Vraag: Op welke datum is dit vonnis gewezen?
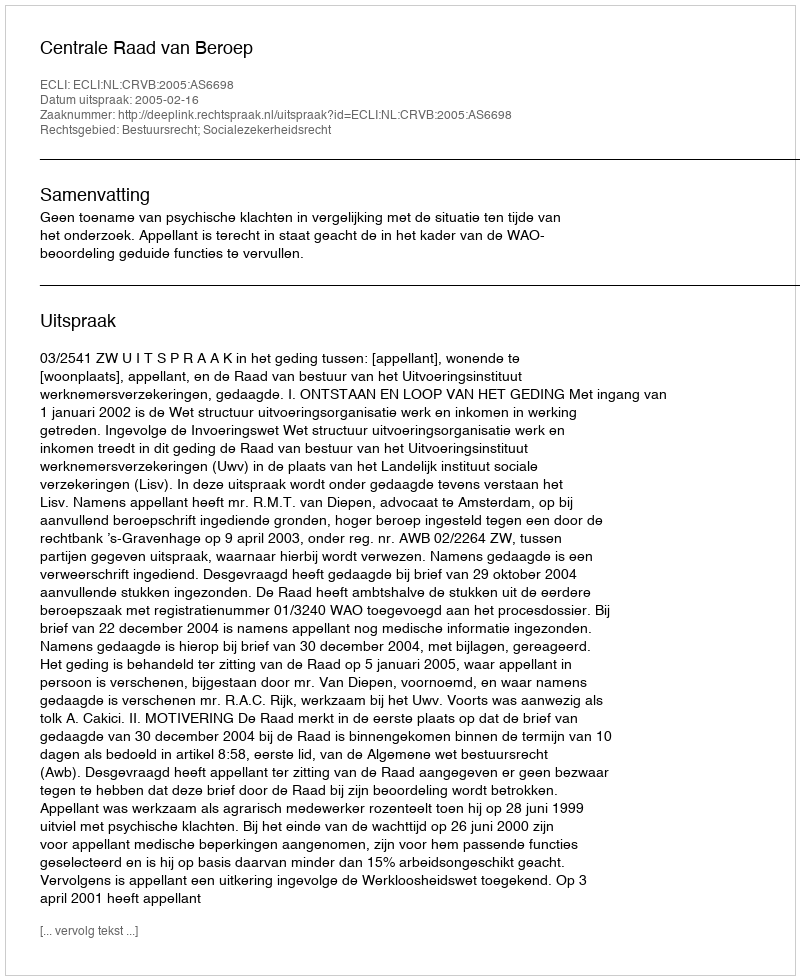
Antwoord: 2005-02-16